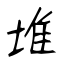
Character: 堆